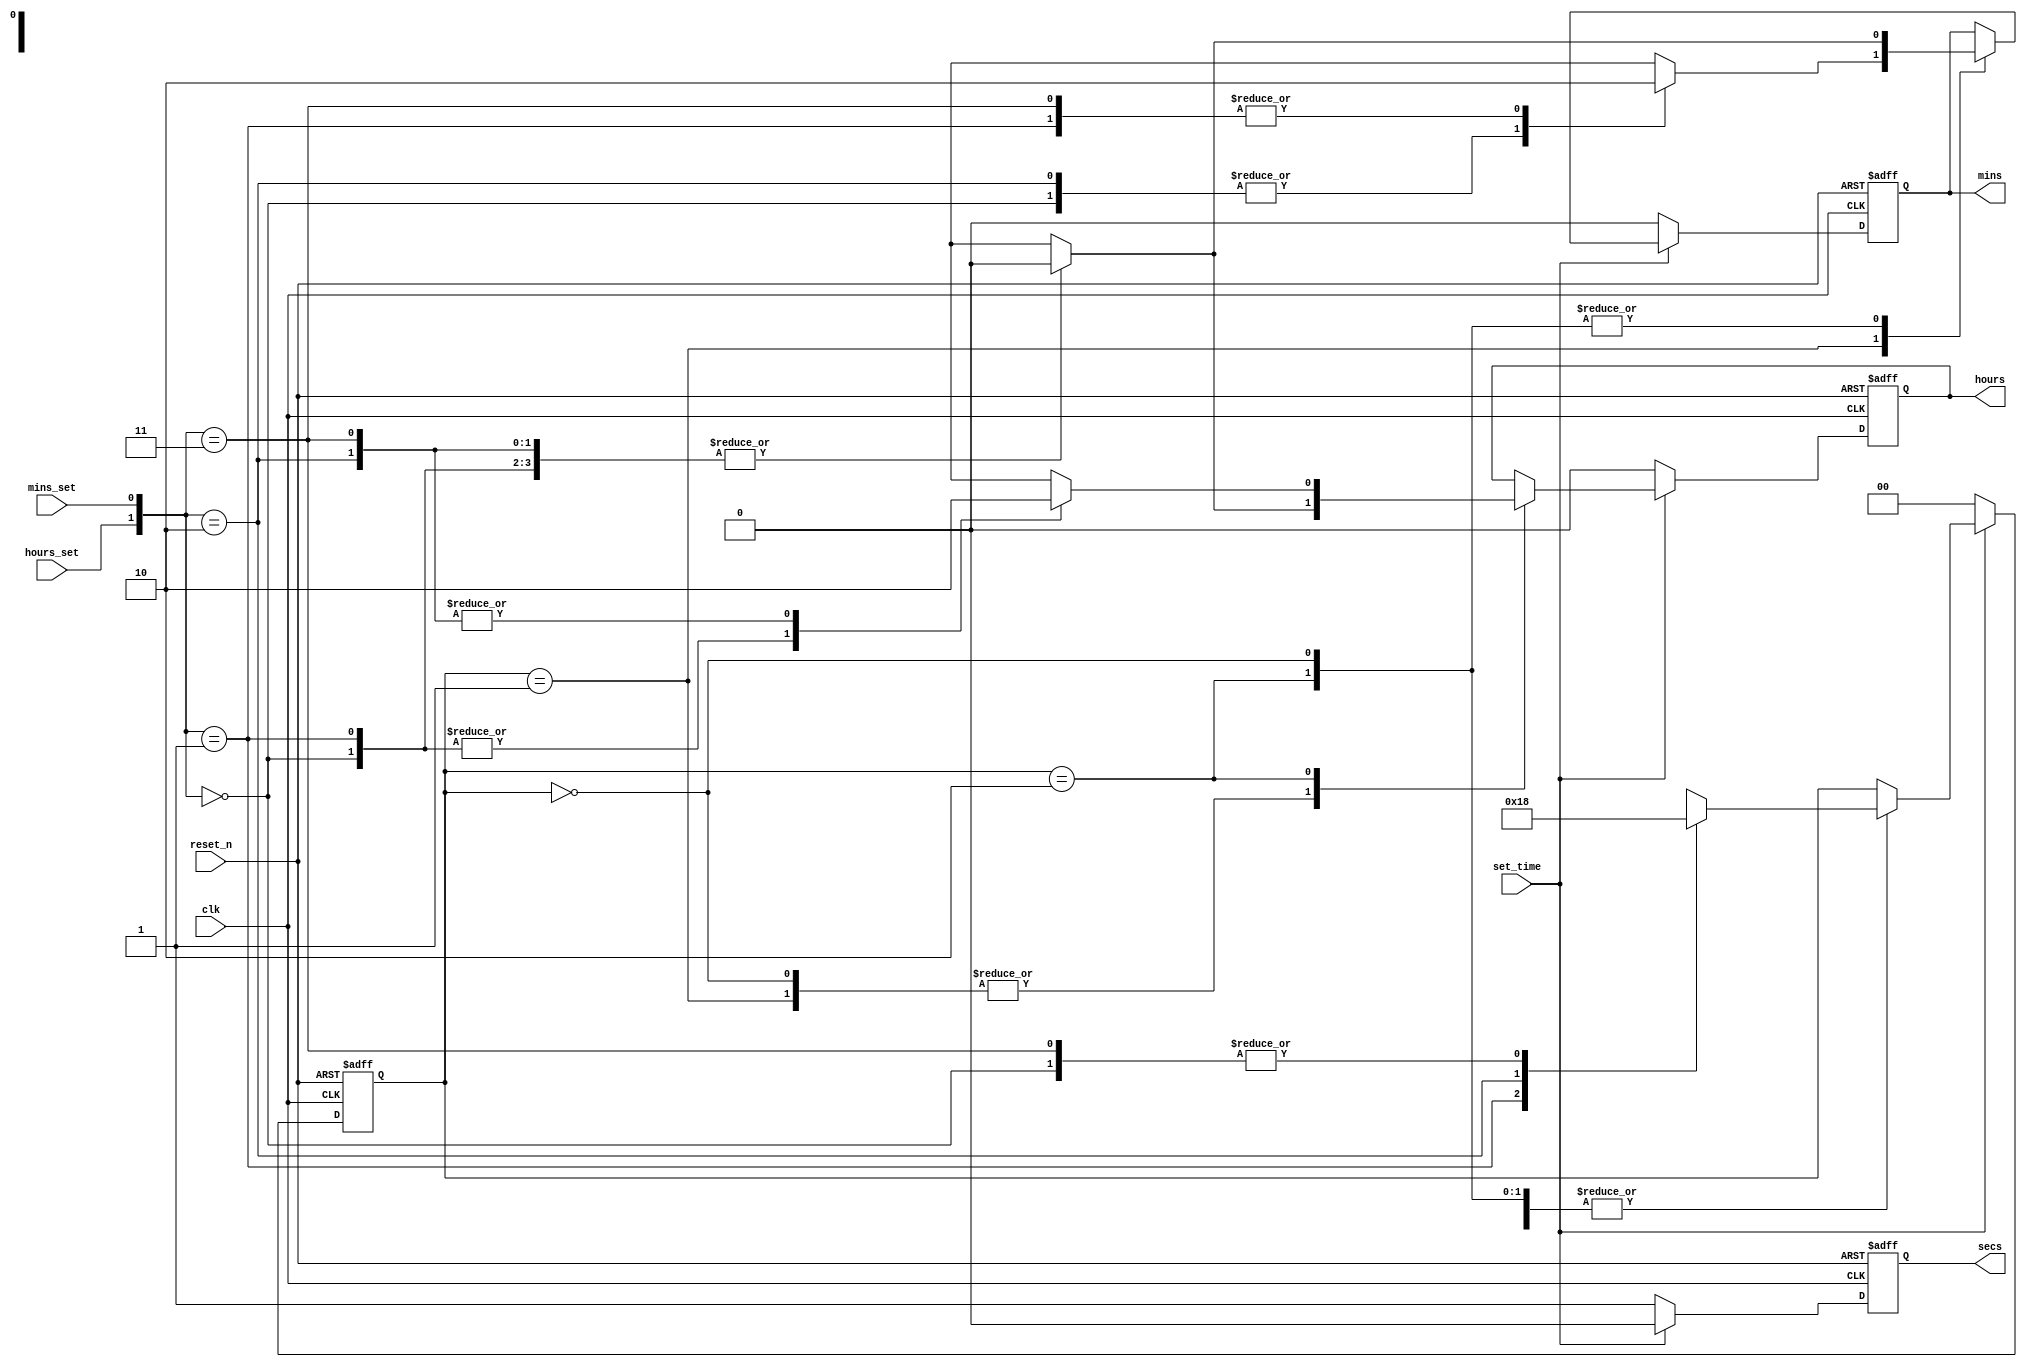
module TIME_STATE_MACHINE(
    input   wire        reset_n,
                        clk,
                        set_time,
                        // alarm,
                        //Toggle_switch,
                        hours_set,
                        mins_set,
    //output  reg [4 : 0] hour,
    //        reg [5 : 0] mins,
    output  reg         hours,
                        mins,
                        secs
    
);

parameter first = 2'b00, second = 2'b01, third = 2'b10, four = 2'b11;
reg [1 : 0] state;
always @(posedge clk, negedge reset_n) begin
    if(!reset_n)begin
        hours = 0;
        mins = 0;
        state = 0;
        secs = 0;
        
    end  
    else if(set_time)begin
        secs = 0;

        case(state)
            first: begin
                case({hours_set, mins_set})
                    first: begin
                        state = first;
                        hours = 0;
                        mins = 0;
                    end

                    second: begin
                        state = second;
                        hours = 0;
                        mins = 0;
                    end

                    third: begin
                        state = third;
                        hours = 0;
                        mins = 0;
                    end

                    four: begin
                        state = first;
                        hours = 0;
                        mins = 0;
                    end
            
                endcase
            end
                

            second: begin
                
                case({hours_set, mins_set})
                    first: begin
                        state = first;
                        hours = 0;
                        mins = 1;
                    end

                    second: begin
                        state = second;
                        hours = 0;
                        mins = 0;
                    end

                    third: begin
                        state = third;
                        hours = 0;
                        mins = 1;
                    end

                    four: begin
                        state = first;
                        hours = 0;
                        mins = 0;
                    end
                endcase
            
            end
                

            third: begin
                case({hours_set, mins_set})
                    first: begin
                        state = first;
                        hours = 1;
                        mins = 0;
                    end

                    second: begin
                        state = second;
                        hours = 1;
                        mins = 0;
                    end

                    third: begin
                        state = third;
                        hours = 0;
                        mins = 0;
                    end

                    four: begin
                        state = first;
                        hours = 0;
                        mins = 0;
                    end

                
                endcase

            end
                

        endcase
    end  




    else begin
        secs = 1;
        hours = 0;
        mins = 0;
        state = 0;

    end  

end


     
    
endmodule